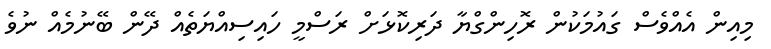
މިއިން އެއްވެސް ގައުމަކުން ރޮހިންގްޔާ ދަރިކޮޅަށް ރަސްމީ ހައިސިއްޔަތެއް ދޭން ބޭނުމެއް ނުވެ